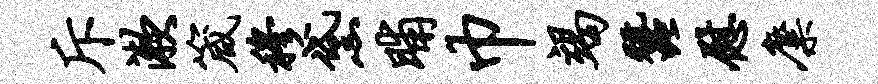
斥漱箴穆黛晡巾竭蚕慰麋